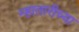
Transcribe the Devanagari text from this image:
म्हातारीच्या